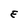
Character: E